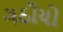
ગઠીયો